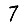
Digit: 7